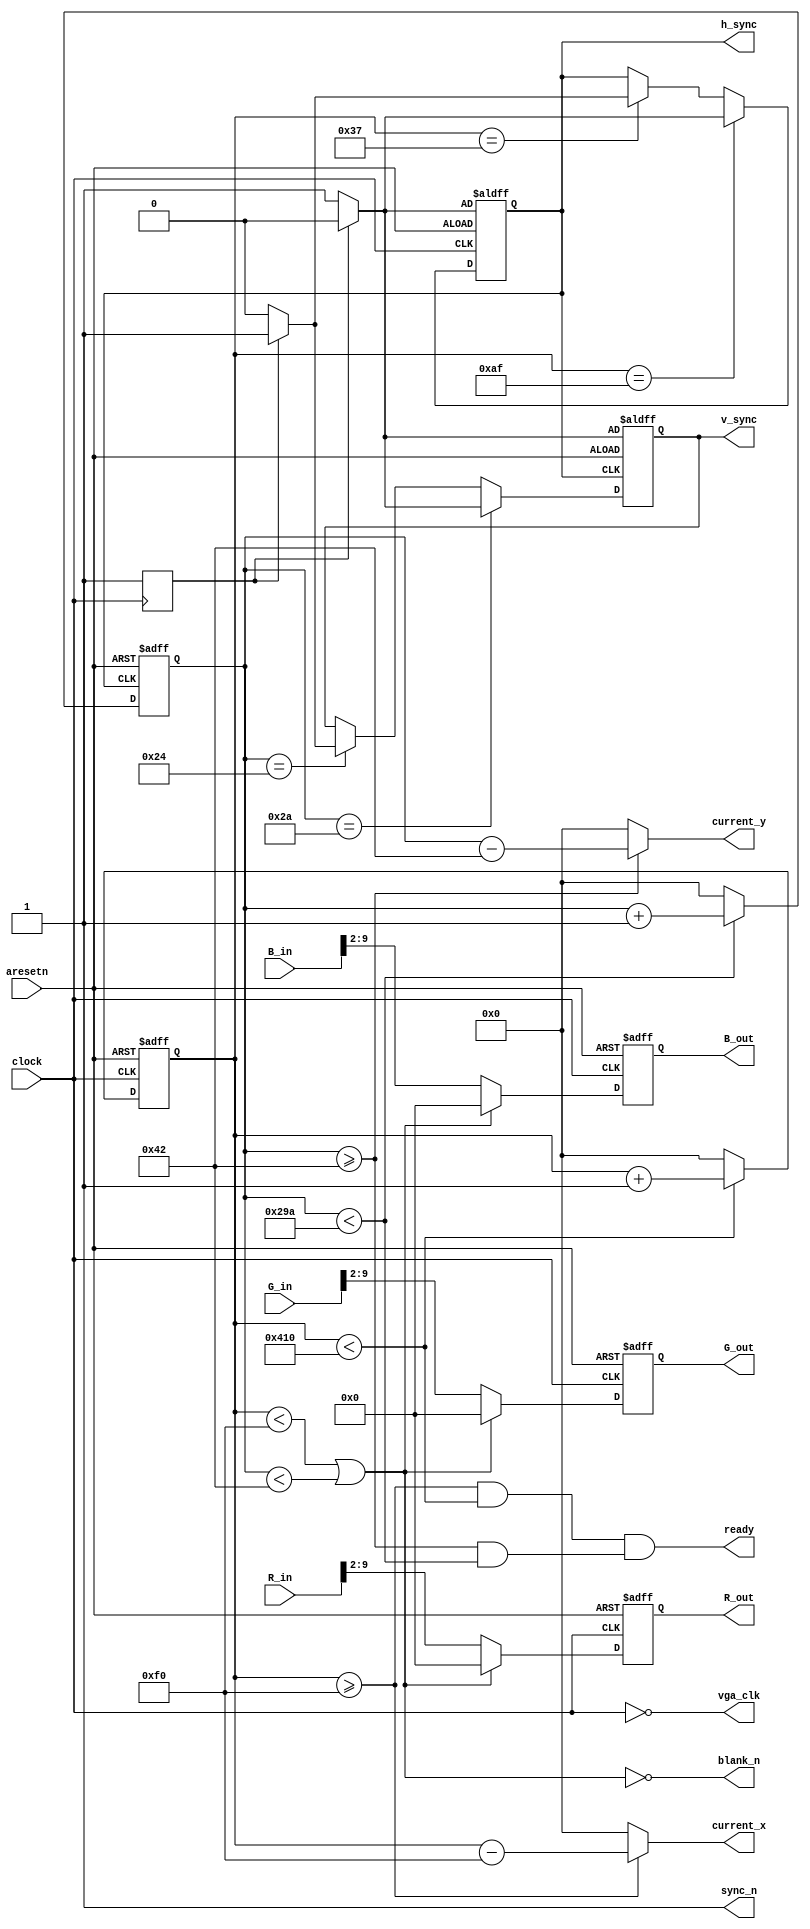
module vga_sync_4 #(
	parameter H_TOTAL_WIDTH = 11,
	parameter V_TOTAL_WIDTH = 11,
	parameter POLARITY		= 1'b1,
	parameter H_FRONT 		= 56,
	parameter H_SYNC		= 120,
	parameter H_BACK 		= 64,
	parameter H_ACT 		= 800,
	parameter V_FRONT 		= 37,
	parameter V_SYNC		= 6,
	parameter V_BACK 		= 23,
	parameter V_ACT 		= 600	
)(
	input wire 							clock,
	input wire 							aresetn,
	input wire [9:0] 					R_in,
	input wire [9:0] 					G_in,
	input wire [9:0] 					B_in,
	output wire [(H_TOTAL_WIDTH-1):0] 	current_x,
	output wire [(V_TOTAL_WIDTH-1):0] 	current_y,
	output wire 					  	ready,
	output wire 						vga_clk,
	output reg [7:0] 					R_out,
	output reg [7:0] 					G_out,
	output reg [7:0] 					B_out,
	output reg 							h_sync,
	output reg 							v_sync,
	output wire 						blank_n,
	output wire 						sync_n
);
localparam	H_BLANK	= H_FRONT+H_SYNC+H_BACK;
localparam	H_TOTAL	= H_FRONT+H_SYNC+H_BACK+H_ACT;
localparam	V_BLANK	= V_FRONT+V_SYNC+V_BACK;
localparam	V_TOTAL	= V_FRONT+V_SYNC+V_BACK+V_ACT;
reg [(H_TOTAL_WIDTH-1):0] hor_pos;
reg [(V_TOTAL_WIDTH-1):0] ver_pos;
reg						  is_active_high;
always @(posedge clock) begin
	is_active_high = POLARITY;
end
assign vga_clk = ~clock;
assign current_x = (hor_pos >= H_BLANK) ? hor_pos - H_BLANK : 'd0;
assign current_y = (ver_pos >= V_BLANK) ? ver_pos - V_BLANK : 'd0;
always @(posedge clock or negedge aresetn) begin
	if (~aresetn)	
		begin
			hor_pos <= 'd0;
			h_sync  <= is_active_high ? 1'b0 : 1'b1;
		end
	else
		begin
			if (hor_pos < H_TOTAL)			 hor_pos <= hor_pos + 1;
			else 							 hor_pos <= 0;
			if (hor_pos == H_FRONT-1) 		 h_sync <= is_active_high ? 1'b1 : 1'b0;
			if (hor_pos == H_FRONT+H_SYNC-1) h_sync <= is_active_high ? 1'b0 : 1'b1;
		end
end
always @(posedge h_sync or negedge aresetn) begin
	if (~aresetn)	
		begin
			ver_pos <= 'd0;
			v_sync  <= is_active_high ? 1'b0 : 1'b1;
		end
	else
		begin
			if (ver_pos < V_TOTAL)			 ver_pos <= ver_pos + 1;
			else 							 ver_pos <= 0;
			if (ver_pos == V_FRONT-1) 		 v_sync <= is_active_high ? 1'b1 : 1'b0;
			if (ver_pos == V_FRONT+V_SYNC-1) v_sync <= is_active_high ? 1'b0 : 1'b1;
		end
end
always @(posedge clock or negedge aresetn) begin
	if (~aresetn) 
		begin
			R_out <= 8'd0;
			B_out <= 8'd0;
			G_out <= 8'd0;
		end
	else if ((hor_pos < H_BLANK) | (ver_pos < V_BLANK))
		begin
			R_out <= 8'd0;
			B_out <= 8'd0;
			G_out <= 8'd0;		
		end
	else 
		begin
			R_out <= R_in[9:2];
			B_out <= B_in[9:2];
			G_out <= G_in[9:2];
		end
end
assign blank_n = ~((hor_pos < H_BLANK) | (ver_pos < V_BLANK));
assign sync_n  = 1'b1; 
assign ready   = ((hor_pos >= H_BLANK & hor_pos < H_TOTAL) & (ver_pos >= V_BLANK & ver_pos < V_TOTAL));
endmodule